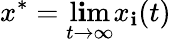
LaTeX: x^{*}=\operatorname*{l\mathbf{i}m}_{t\to\infty}x_{\mathbf{i}}(t)